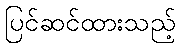
ပြင်ဆင်ထားသည့်